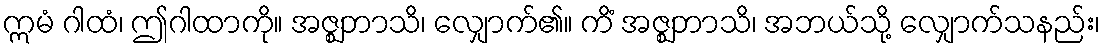
ဣမံ ဂါထံ၊ ဤဂါထာကို။ အဇ္ဈဘာသိ၊ လျှောက်၏။ ကိံ အဇ္ဈဘာသိ၊ အဘယ်သို့ လျှောက်သနည်း၊